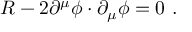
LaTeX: R - 2 \partial ^ { \mu } \phi \cdot \partial _ { \mu } \phi = 0 \ .